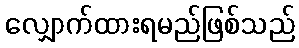
လျှောက်ထားရမည်ဖြစ်သည်